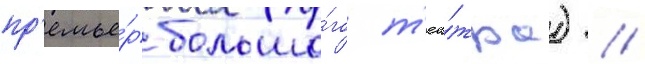
пр'емье́р большо́го т'еа́тра) //